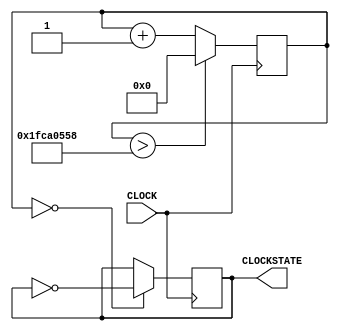
`timescale 1ns / 1ps
//////////////////////////////////////////////////////////////////////////////////
// Company: 
// Engineer: 
// 
// Design Name: 
// Module Name: slow_clk
// Project Name: 
// Target Devices: 
// Tool Versions: 
// Description: 
// 
// Dependencies: 
// 
// Revision:
// Revision 0.01 - File Created
// Additional Comments:
// 
//////////////////////////////////////////////////////////////////////////////////


module slow_clk(input CLOCK, output CLOCKSTATE);
    reg clockstate = 0;
    reg [28:0] COUNTER = 1;
    
    always @ (posedge CLOCK) begin
        COUNTER <= (COUNTER > 29'b11111110010100000010101011000 ? 0 : COUNTER + 1);
        clockstate <= (COUNTER == 0 ? ~clockstate : clockstate);
    end
    
    assign CLOCKSTATE = clockstate;

endmodule